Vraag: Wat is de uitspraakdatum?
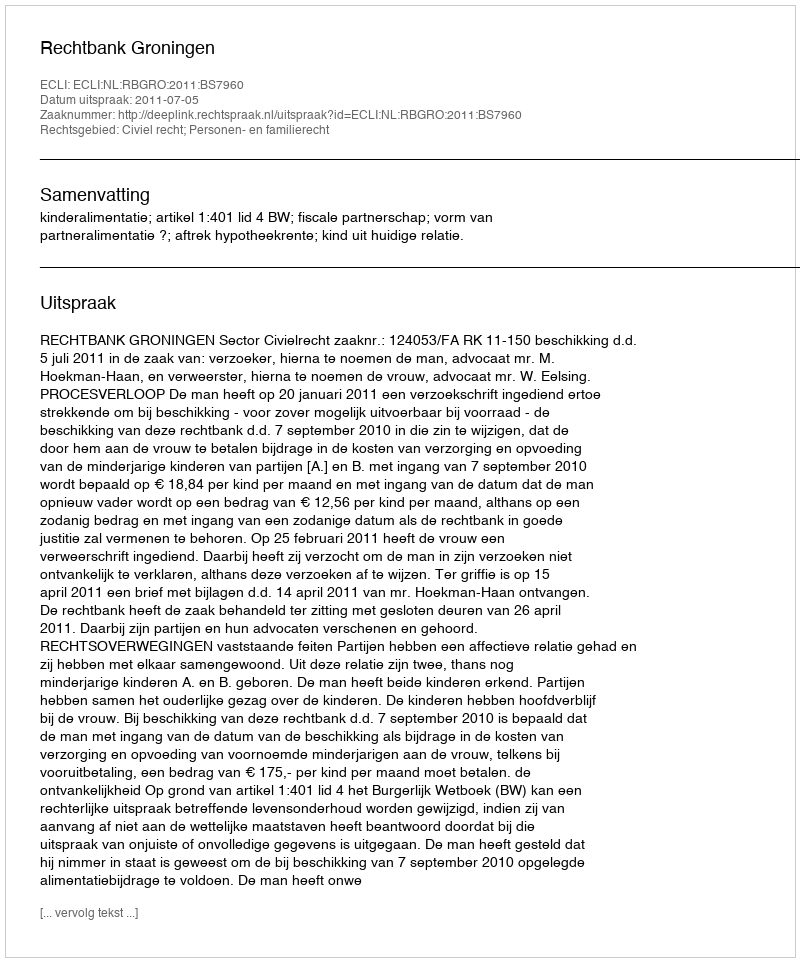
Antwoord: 2011-07-05